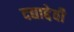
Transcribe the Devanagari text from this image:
दद्याद्देवी